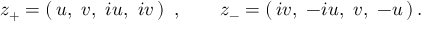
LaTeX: z _ { + } = \left( \, u , \, \, v , \, \, i u , \, \, i v \, \right) \ , \qquad z _ { - } = \left( \, i v , \, \, - i u , \, \, v , \, \, - u \, \right) .